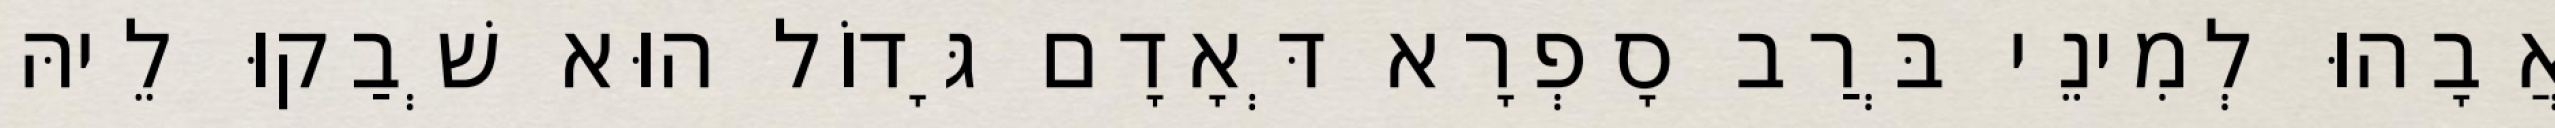
אֲבָהוּ לְמִינֵי בְּרַב סָפְרָא דְּאָדָם גָּדוֹל הוּא שְׁבַקוּ לֵיהּ